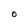
Character: 0